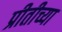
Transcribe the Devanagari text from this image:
प्रीतीच्या